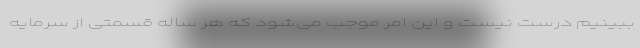
ببینیم درست نیست و این امر موجب می‌شود که هر ساله قسمتی از سرمایه